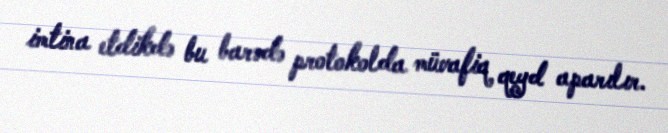
imtina etdikdə bu barədə protokolda müvafiq qeyd aparılır.